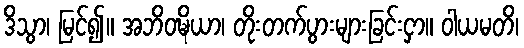
ဒိသွာ၊ မြင်၍။ အဘိဝဍ္ဎိယာ၊ တိုးတက်ပွားများခြင်းငှာ။ ဝါယမတိ၊